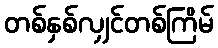
တစ်နှစ်လျှင်တစ်ကြိမ်